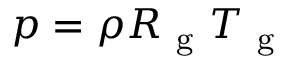
p = \rho R _ { \mathrm { ~ g ~ } } T _ { \mathrm { ~ g ~ } }